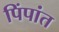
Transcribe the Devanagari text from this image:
पिंपांत